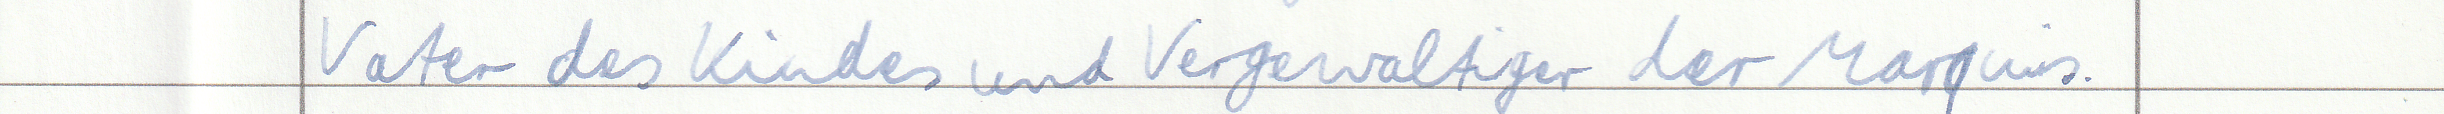
Vater des Kindes und Vergewaltiger der Marquis.